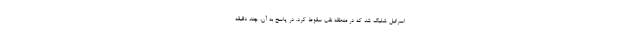
اسرائیل شلیک شد که در منطقه نقب سقوط کرد. در پاسخ به آن، چند دقیقه